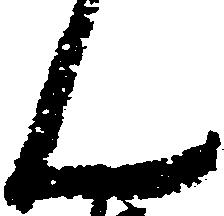
ん